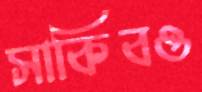
সাকিবও